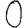
Digit: 0